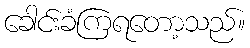
ခေါင်းခံကြရတော့သည်။